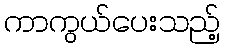
ကာကွယ်ပေးသည့်